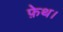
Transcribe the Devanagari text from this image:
फ़ेथ।